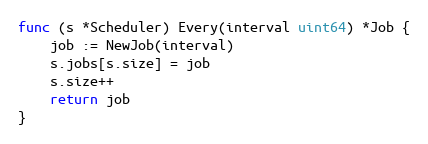
Language: Go
func (s *Scheduler) Every(interval uint64) *Job {
	job := NewJob(interval)
	s.jobs[s.size] = job
	s.size++
	return job
}